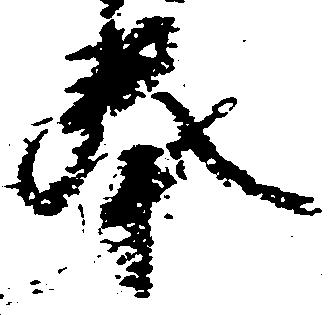
奉